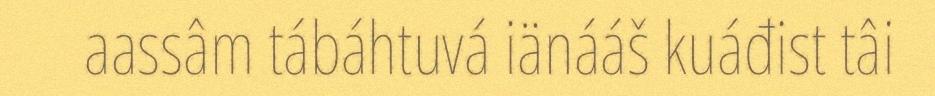
aassâm tábáhtuvá iänááš kuáđist tâi